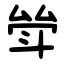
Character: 斚